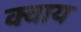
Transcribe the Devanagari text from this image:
क्वाय